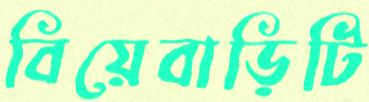
বিয়েবাড়িটি